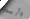
وأريده